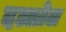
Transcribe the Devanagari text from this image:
दल्लोल